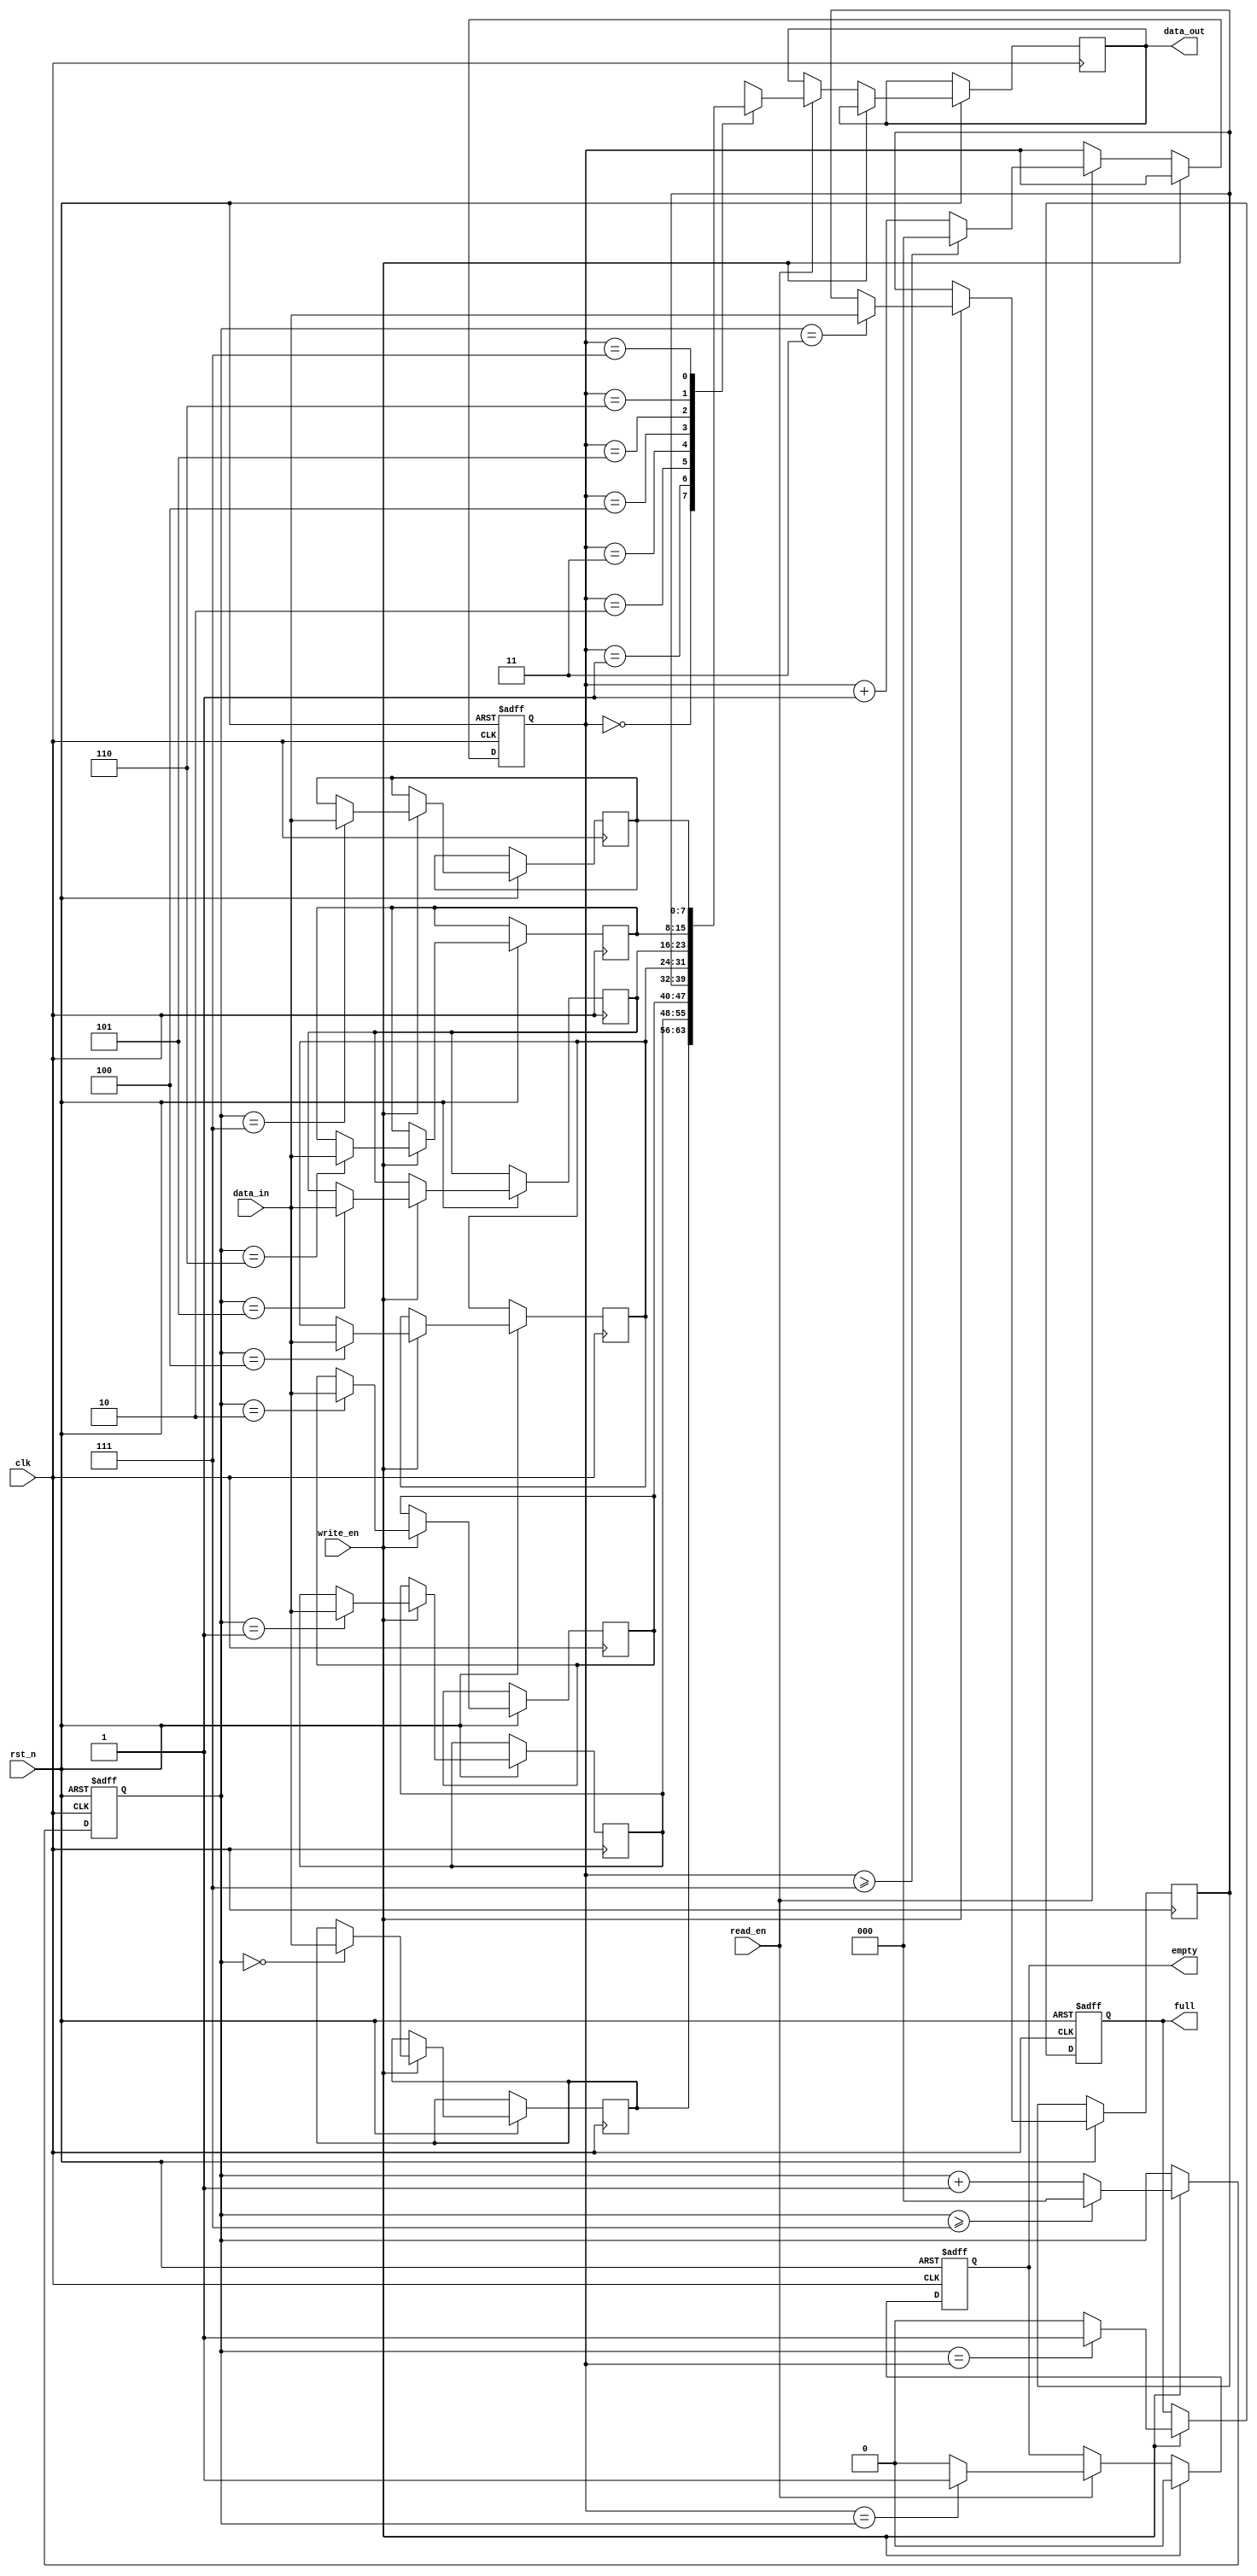
module circular_fifo (
    input wire clk,
    input wire rst_n,
    input wire write_en,
    input wire read_en,
    input wire [7:0] data_in,
    output wire [7:0] data_out,
    output reg full,
    output reg empty
);

parameter SIZE = 8; //size of FIFO buffer
reg [7:0] mem [0:SIZE-1];
reg [2:0] wr_ptr;
reg [2:0] rd_ptr;

always @ (posedge clk or negedge rst_n)
begin
    if (~rst_n)
    begin
        wr_ptr <= 3'd0;
        rd_ptr <= 3'd0;
        full <= 1'b0;
        empty <= 1'b1;
    end
    else if (write_en)
    begin
        mem[wr_ptr] <= data_in;
        wr_ptr <= wr_ptr + 1;
        if(wr_ptr >= SIZE-1)
            wr_ptr <= 0;
        if (wr_ptr == rd_ptr)
            full <= 1'b1;
        else
            full <= 1'b0;
        empty <= 1'b0;
    end
    else if (read_en)
    begin
        data_out <= mem[rd_ptr];
        rd_ptr <= rd_ptr + 1;
        if(rd_ptr >= SIZE-1)
            rd_ptr <= 0;
        if (rd_ptr == wr_ptr)
            empty <= 1'b1;
        else
            empty <= 1'b0;
    end
end

endmodule